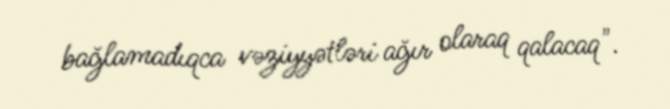
bağlamadıqca vəziyyətləri ağır olaraq qalacaq".